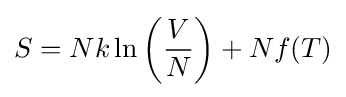
S=Nk\ln \left({\frac {V}{N}}\right)+Nf(T)